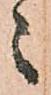
々